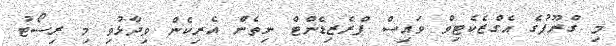
މި ގްރޫޕުގެ އެގްޒެކެޓިވް ވައިސް ޕްރެޒިޑެންޓް ނިތެން އެރިކެން ވިދާޅުވި މި ރިސޯޓު